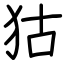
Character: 狜